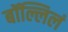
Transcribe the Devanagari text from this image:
बॉल्लिलं